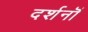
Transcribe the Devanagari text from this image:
दर्शनॊं